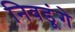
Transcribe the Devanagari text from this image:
निवडूंगे